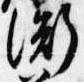
衡